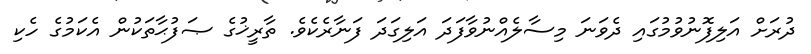
ދުރަށް އަލިފޮނުވުމުގައި ދެވަނަ މިސާލެއްނުވާފަދަ އަލިގަދަ ފަނާރެކެވެ. ތާރީޚުގެ ޞަފުޙާތަކުން އެކަމުގެ ހެކި